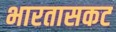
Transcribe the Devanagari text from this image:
भारतासकट